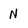
Character: N